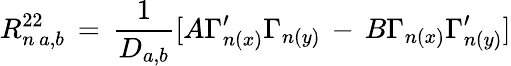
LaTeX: R_{n\, a,b}^{22}\, =\, \frac{1}{D_{a,b}}[A\Gamma_{n(x)}^{\prime}\Gamma_{n(y)}\, -\, B\Gamma_{n(x)}\Gamma_{n(y)}^{\prime}]